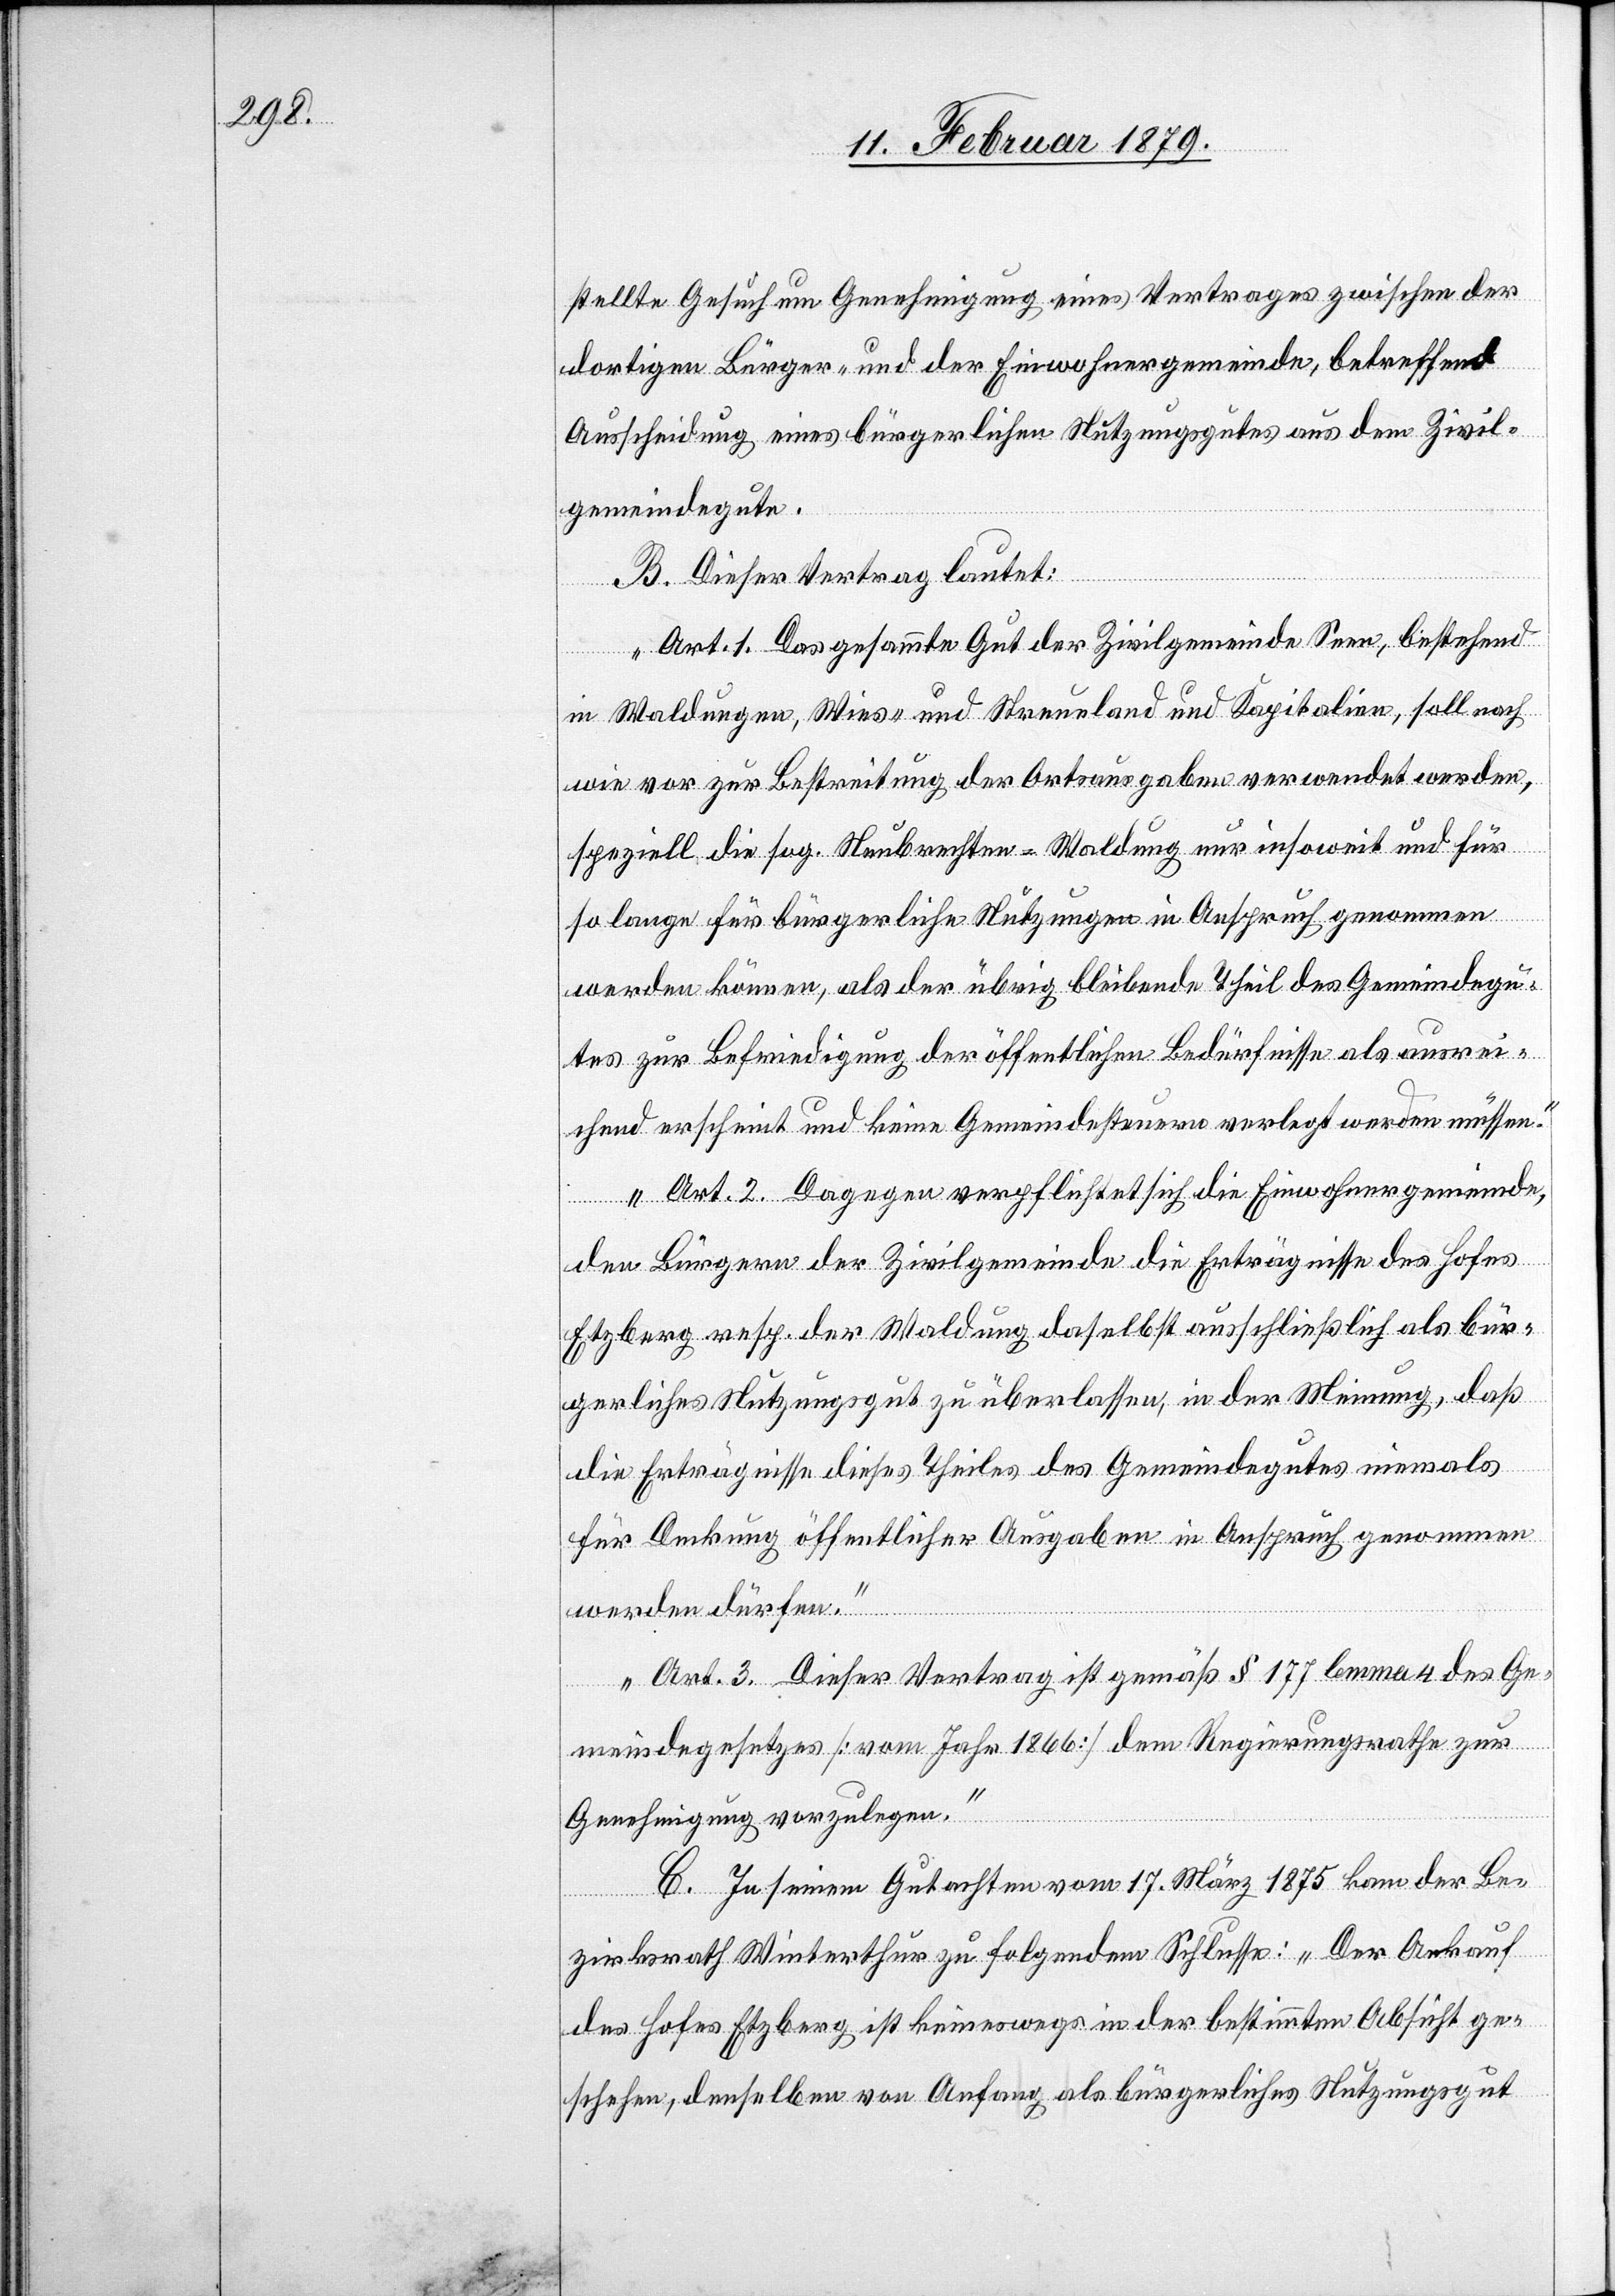
stellte Gesuch um Genehmigung eines Vertrages zwischen der
dortigen Bürger- und der Einwohnergemeinde, betreffend
Ausscheidung eines bürgerlichen Nutzungsgutes aus dem Zivil¬
gemeindegut.
B. Dieser Antrag lautet:
„Art. 1. Das gesammte Gut der Zivilgemeinde Seen, bestehend
in Waldungen, Wies- und Streueland und Kapitalien, soll nach
wie vor zur Bestreitung der Ortsausgaben verwendet werden,
speziell die sog. Neubrechten-Waldung nur insoweit und für
so lange für bürgerliche Nutzungen in Anspruch genommen
werden können, als der übrig bleibende Theil des Gemeindegu¬
tes zur Befriedigung der öffentlichen Bedürfnisse als ausrei¬
chend erscheint und keine Gemeindesteuern verlegt werden müssen.
Art. 2. Dagegen verpflichtet sich die Einwohnergemeinde,
den Bürgern der Zivilgemeinde die Erträgnisse des Hofes
Etzberg resp. der Waldung daselbst ausschließlich als bür¬
gerliches Nutzungsgut zu überlassen, in der Meinung, daß
die Erträgnisse dieses Theiles des Gemeindegutes niemals
für Deckung öffentlicher Ausgaben in Anspruch genommen
werden dürfen.
Art. 3. Dieser Vertrag ist gemäß § 177 lemma 4 des Ge¬
meindegesetzes [vom Jahr 1866] dem Regierungsrathe zur
Genehmigung vorzulegen.“
C. In seinem Gutachten vom 17. März 1875 kam der Be¬
zirksrath Winterthur zu folgendem Schlusse: „Der Ankauf
des Hofes Etzberg ist keineswegs in der bestimmten Absicht ge¬
schehen, denselben von Anfang als bürgerliches Nutzungsgut